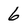
Character: 6